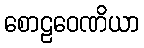
စောဠဝေဏိယာ